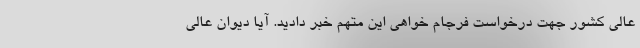
عالی کشور جهت درخواست فرجام خواهی این متهم خبر دادید. آیا دیوان عالی